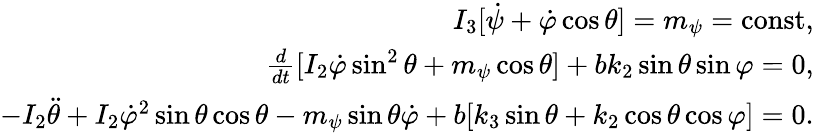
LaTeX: \begin{array}{r}{I_{3}[\dot{\psi}+\dot{\varphi}\cos\theta]=m_{\psi}=\mathrm{const},}\\ {\frac{d}{dt}[I_{2}\dot{\varphi}\sin^{2}\theta+m_{\psi}\cos\theta]+bk_{2}\sin\theta\sin\varphi=0,}\\ {-I_{2}\ddot{\theta}+I_{2}\dot{\varphi}^{2}\sin\theta\cos\theta-m_{\psi}\sin\theta\dot{\varphi}+b[k_{3}\sin\theta+k_{2}\cos\theta\cos\varphi]=0.}\end{array}